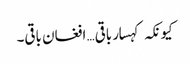
کیونکہ کہسار باقی… افغان باقی۔